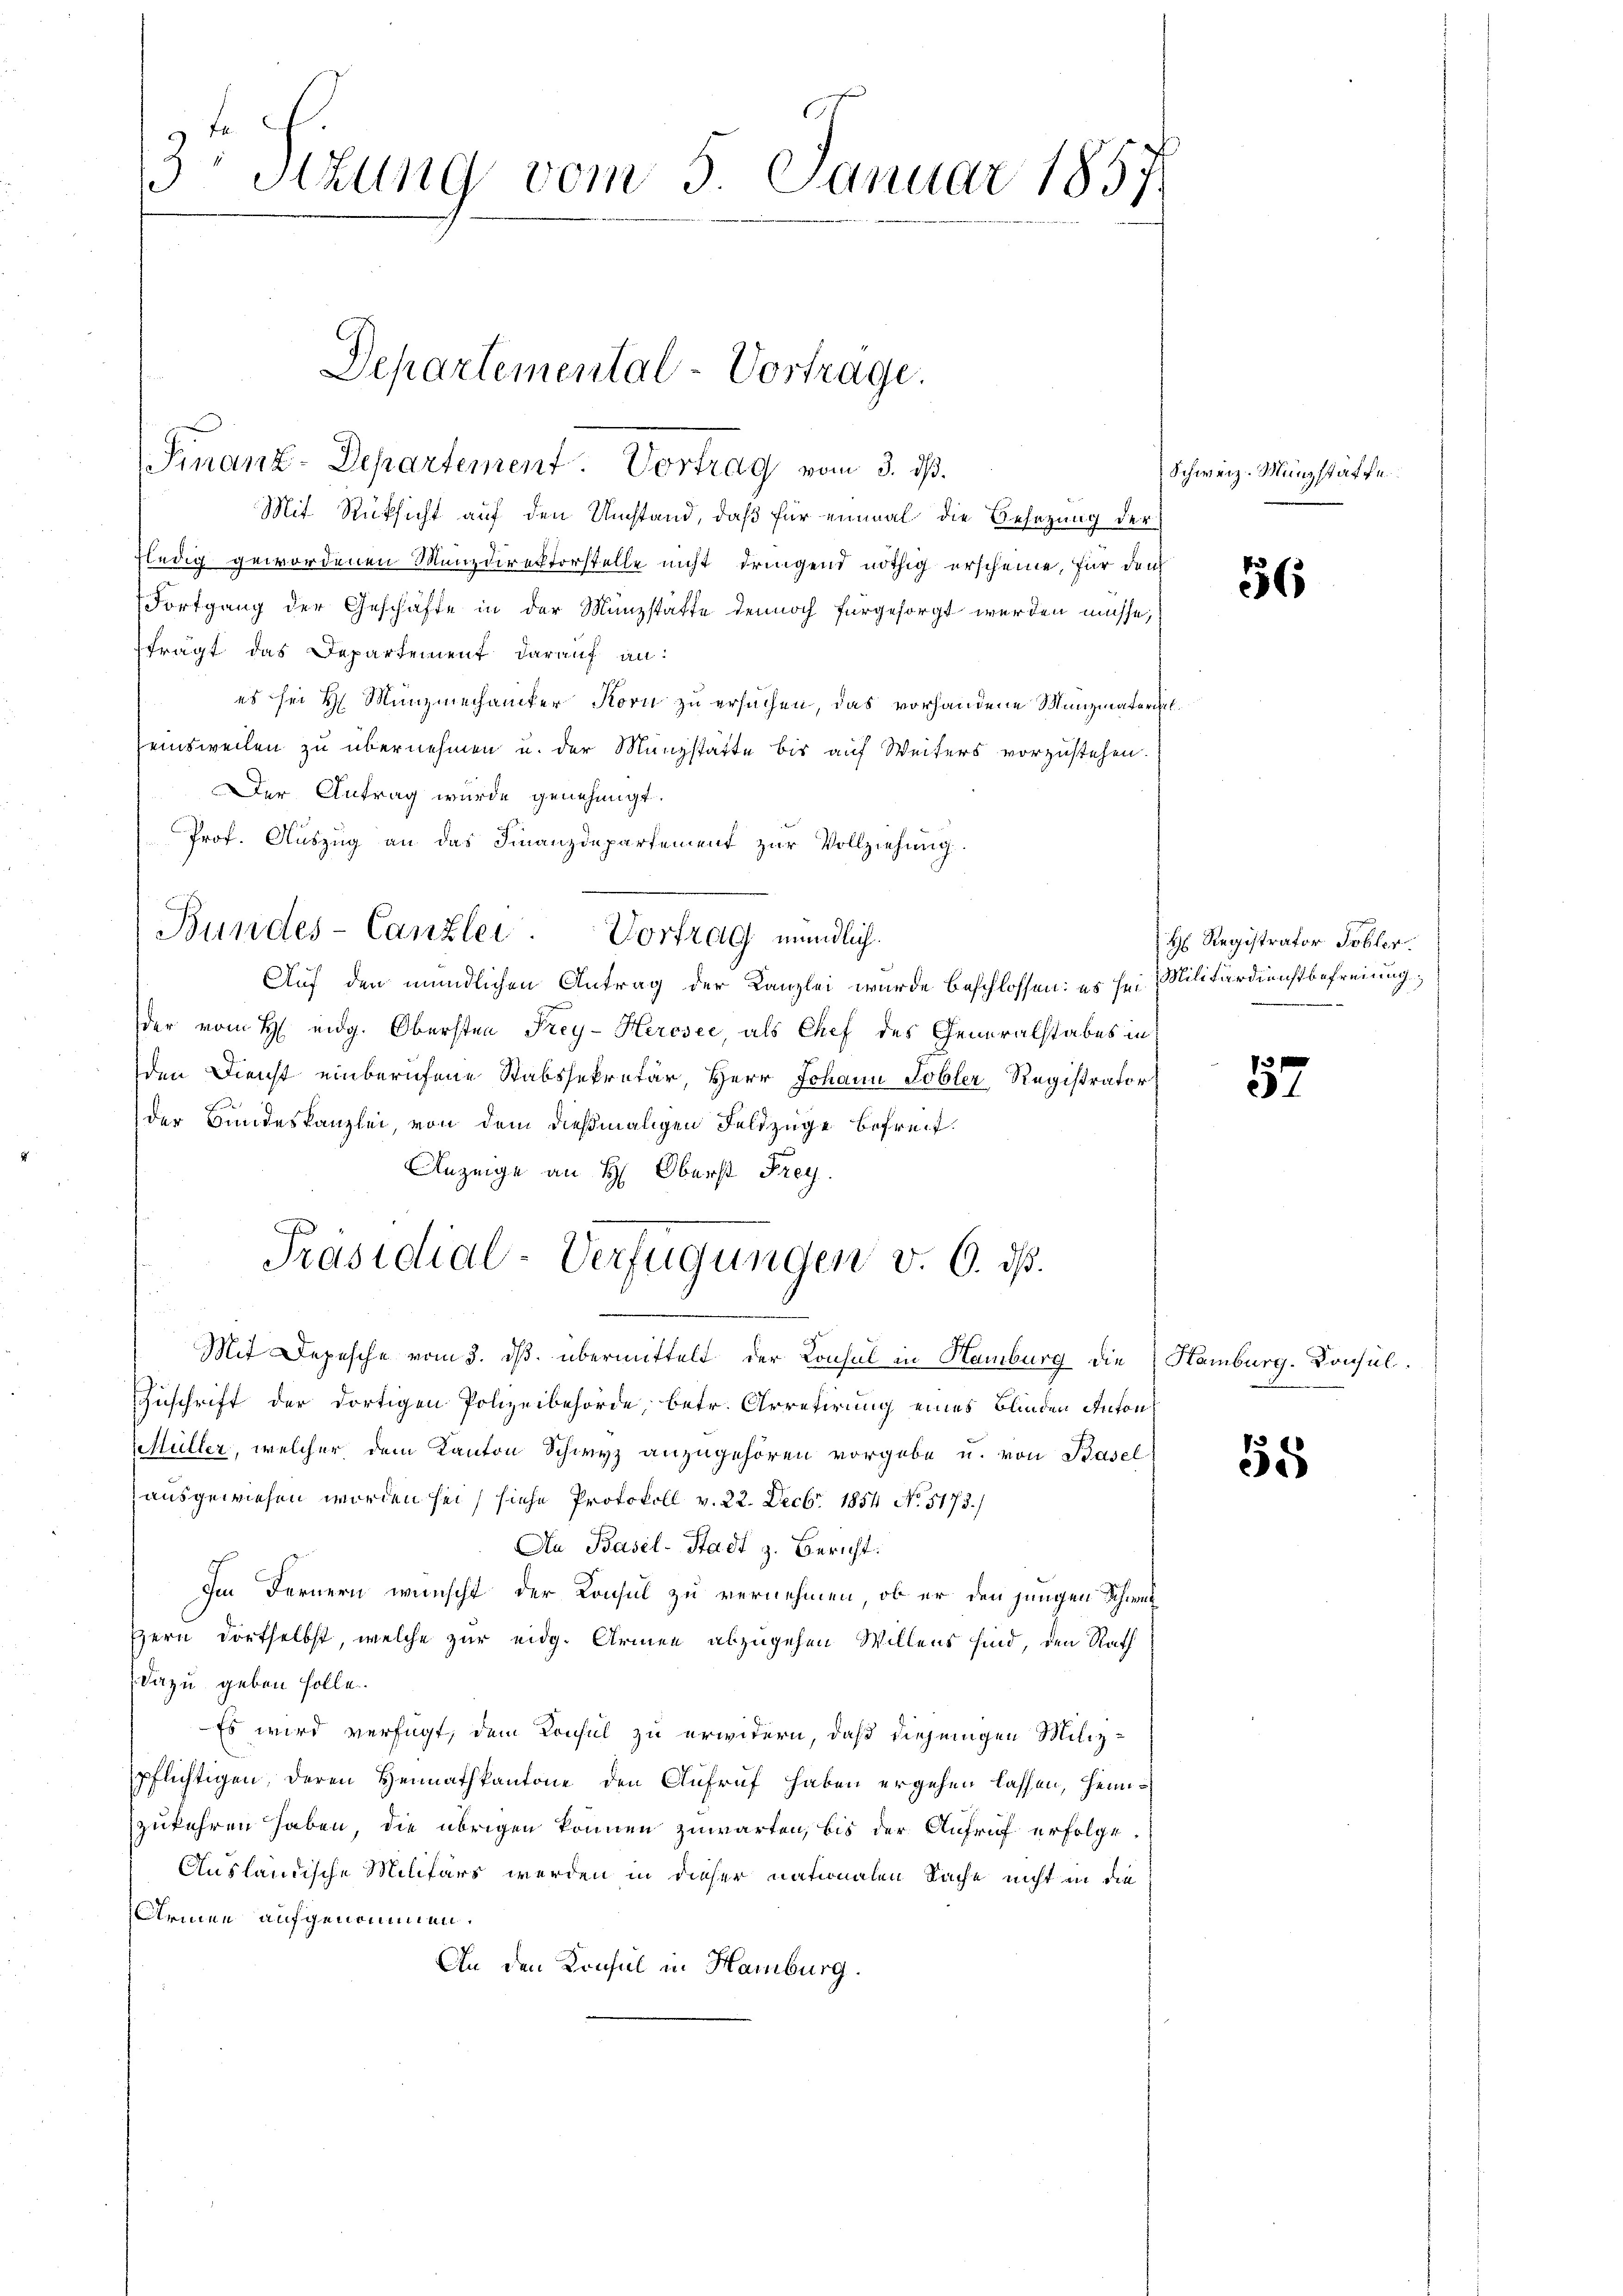
3 schung vom 5. Januar 1857

Departemental-Vortrage.
Finanz-Departement. Vortrag vom 3. ds.

Mit Rücksicht auf den Umstand, daß für einmal die Besetzung der
fledig gewordenen Manzdirektorstelle nicht dringend nöthig erscheine, für dem
Fortgang der Geschäfte in der Münzstatte dennoch für gesorgt werden müsse,
frägt das Departement darauf an:
es sei H. Münzmechaniker Korn zu ersuchen, das vorhandene Munziaterialeinsweilen zu übernehmen u. der Münzstätte bis auf Weiters vorzustehen.
Der Antrag wurde genehmigt.
Prof. Auszug an das Finanzdepartement zur Vollziehung.
Bundes-Canzlei. Vortrag mündlich.
Auf den mündlichen Antrag der Kanzlei wurde beschlossen: es sei Militärdienstbefreiungder vom H. eidg. Obersten Frey-Hercsee, als Chef des Generalstabes in
den Dienst einberufene Stabssekretär, Herr Johann Tobler Registrator
der Bundeskanzlei, von dem dießmaligen Feldzüge befreit
Anzeige an H: Oberst Frey.
Präsidial-Verfügungen v. 6. dß.
Mit Depesche vom 3. ds. übermittelt der Consul in Hamburg die Hamburg. Konsul¬
Zuschrift der dortigen Polizeibehörde, betr. Arretirung eines Blinden Anton
Müller, welcher dem Kanton Schwyz anzugehören vorgebe u. von Basel
ausgewiesen worden sei, siche Protokoll v. 22. Decbr. 1854 No. 5173./
An Basel-Stadt z. Bericht.
Im Fernern wünscht der Konsul zu vernehmen, ob er den jungen Schwer
Hern dortselbst, welche zur eidg. Armen abzugehen Willens sind, den Rath
dazu geben solle.
Es wird verfügt, dem Konsul zu erwidern, daß diejenigen Milizpflichtigen, deren Heimathkantone den Aufruf haben ergehen lassen, heimzukehren haben, die übrigen können zuwarten, bis der Aufruf erfolge.
Ausländische Militärs werden in dieser nationalen Sache nicht in die
Armen aufgenommen.
An den Konsul in Hamburg.

Schweiz. Müngstaffe

56

Hs. Registrator Tobler

3
.

55